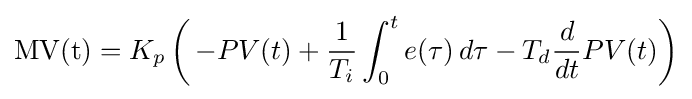
\mathrm {MV(t)} =K_{p}\left(\,{-PV(t)}+{\frac {1}{T_{i}}}\int _{0}^{t}{e(\tau )}\,{d\tau }-T_{d}{\frac {d}{dt}}PV(t)\right)